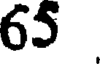
65